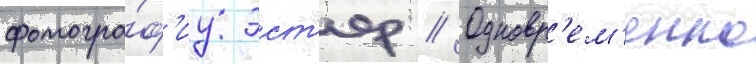
фотогра́ф'иу эст'ер // Одновр'ем'енно